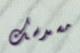
مسدسك